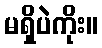
မရှိပဲကိုး။